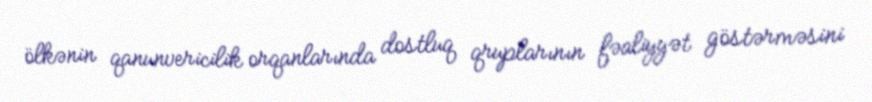
ölkənin qanunvericilik orqanlarında dostluq qruplarının fəaliyyət göstərməsini